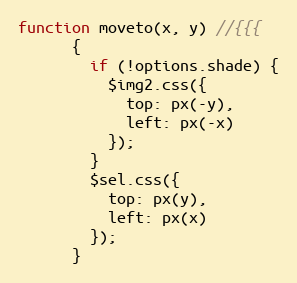
Language: JavaScript
function moveto(x, y) //{{{
      {
        if (!options.shade) {
          $img2.css({
            top: px(-y),
            left: px(-x)
          });
        }
        $sel.css({
          top: px(y),
          left: px(x)
        });
      }